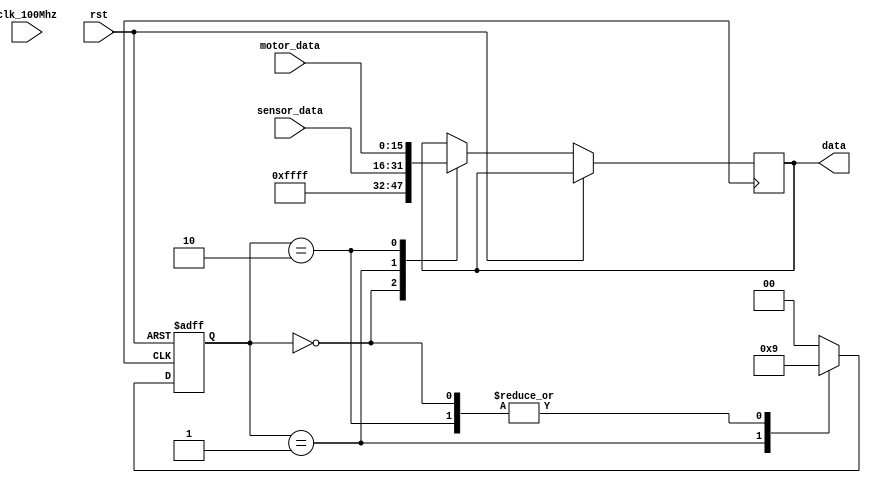
module smg_data(
	input clk_100Mhz,
	input rst,
    input[15:0] motor_data,
    input[15:0] sensor_data,
    output[15:0] data
    );
	integer clk_cnt;
	reg clk_1Hz;
	reg[15:0] disp = 64'h0123456789ABCDEF;
	parameter[31:0] CNT = 28'h60_00000;
	parameter[1:0]  state_default = 0,
					state_motor = 1,
					state_sensor = 2;
	reg[1:0] states;
	
	//reg states;
//对clk进行分频 ? 1HZ
	always @(posedge clk or posedge rst) begin
		if (rst) begin
			// reset
			clk_cnt = 1'b0;
		end
		else if (clk_cnt == CNT) begin
			clk_cnt <= 1'b0;
			clk_1Hz <= ~clk_1Hz;
		end
		else begin
			clk_cnt <= clk_cnt + 1'b1;
		end
	end

	always @(posedge clk or posedge rst) begin
		if (rst) begin
			// reset
			states <= state_default;
		end
		else 
			case(states)
				state_default:begin
					data <= 16'hffff;
					states <= state_motor;
				end 	
				state_motor:begin
					data <= sensor_data;
					states <= state_sensor;
				end					
				state_sensor:begin
					data <= motor_data;
					states <= state_motor;
				end
				default: states <= state_default; 
			endcase
	end
endmodule